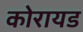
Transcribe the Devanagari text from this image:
कोरायड